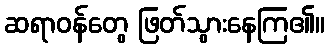
ဆရာဝန်တွေ ဖြတ်သွားနေကြ၏။